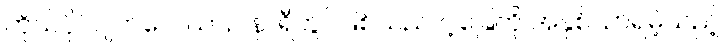
ကိုယ်ပိုင်ဂျက်လေယာဉ် နာရီတွင်ဖြစ်သည် ငါ့ခြေကို အနှစ်သာရမဲ့သည့်